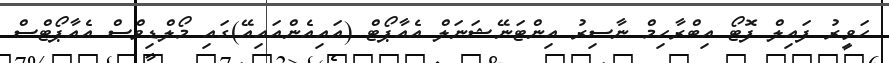
ހަވީރު ފައިލް ފޮޓޯ އިބްރާހިމް ނާސިރު އިންޓަނޭޝަނަލް އެއާޕޯޓް (އައިއެންއައިއޭ)ގައި މޯލްޑިވްސް އެއާޕޯޓްސް